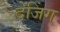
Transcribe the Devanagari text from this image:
देंजिंग